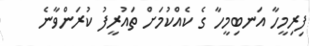
ފިރިމީހާ އަނބިމީހާ ގެ ކެއްކުމަށް ތައުރީފު ކުރަންވާނެ